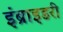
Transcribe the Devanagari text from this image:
इंब्राइडरी